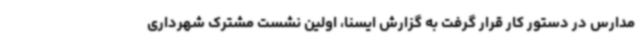
مدارس در دستور کار قرار گرفت به گزارش ایسنا، اولین نشست مشترک شهرداری